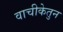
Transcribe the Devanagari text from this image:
वाचीकेतुन